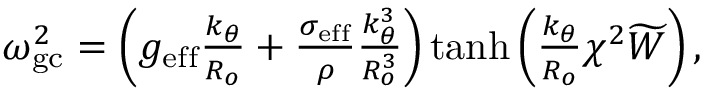
\begin{array} { r } { \omega _ { \mathrm { g c } } ^ { 2 } = \left( g _ { \mathrm { e f f } } \frac { k _ { \theta } } { R _ { o } } + \frac { \sigma _ { \mathrm { e f f } } } { \rho } \frac { k _ { \theta } ^ { 3 } } { R _ { o } ^ { 3 } } \right) \operatorname { t a n h } { \left( \frac { k _ { \theta } } { R _ { o } } \chi ^ { 2 } \widetilde { W } \right) } \mathrm { \, , } } \end{array}